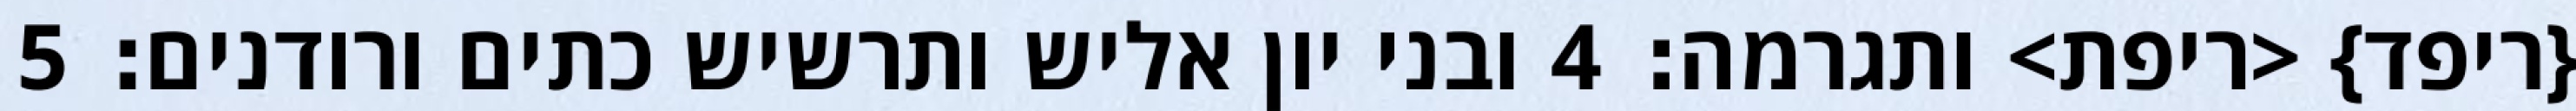
{ריפד} <ריפת> ותגרמה׃ ‎4‏ ובני יון אליש ותרשיש כתים ורודנים׃ ‎5‏